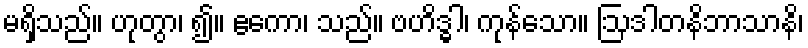
မရှိသည်။ ဟုတွာ၊ ၍။ ဧကော၊ သည်။ ဗဟိဒ္ဓါ၊ ကုန်သော။ ဩဒါတနိဘာသာနိ၊